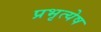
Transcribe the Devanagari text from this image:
प्रभृत्येष